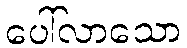
ပေါ်လာသော